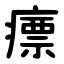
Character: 瘭